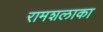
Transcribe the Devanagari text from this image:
रामशलाका